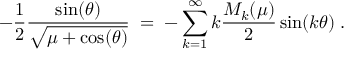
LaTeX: - \frac { 1 } { 2 } \frac { \sin ( \theta ) } { \sqrt { \mu + \cos ( \theta ) } } \; = \; - \sum _ { k = 1 } ^ { \infty } k \frac { M _ { k } ( \mu ) } { 2 } \sin ( k \theta ) \; .